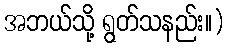
အဘယ်သို့ ရွတ်သနည်း။)